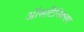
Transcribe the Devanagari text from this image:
ऑसटिनिकरण